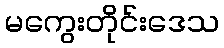
မကွေးတိုင်းဒေသ